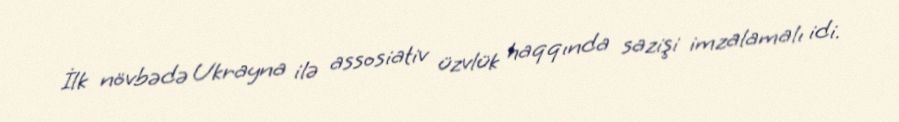
İlk növbədə Ukrayna ilə assosiativ üzvlük haqqında sazişi imzalamalı idi.